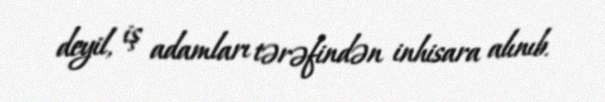
deyil, iş adamları tərəfindən inhisara alınıb.